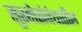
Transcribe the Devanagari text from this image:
सुरक्षेसंबंधातील